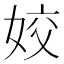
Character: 姣